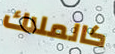
كالملاك